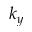
k _ { y }